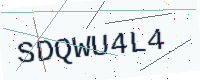
Text: SDQWU4L4